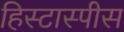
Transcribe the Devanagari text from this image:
हिस्टास्पीस